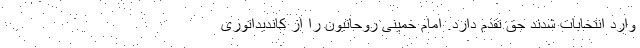
وارد انتخابات شدند حق تقدم دارد. امام خمینی روحانیون را از کاندیداتوری